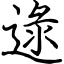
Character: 逯